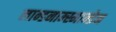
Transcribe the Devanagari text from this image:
लान्डनाम्स्मान्डेन